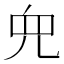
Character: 𫤘